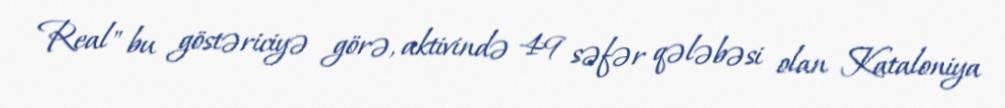
Real" bu göstəriciyə görə, aktivində 49 səfər qələbəsi olan Kataloniya